Report on vaccination in Madras 1922-1929 - 1922-1929
Year: 1922
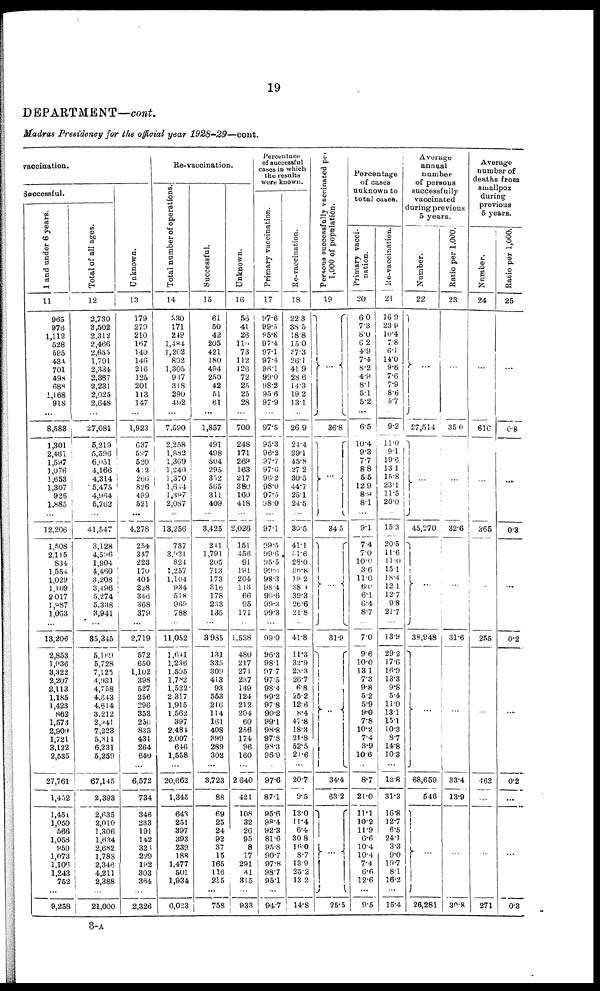
19
DEPARTMENT—cont.
Madras Presidency for the official year 1928-29—cont.
vaccination.
Successful.
1 and under 6 years.
11
965
976
1,112
528
595
434
701
498
688
1,168
918
...
8,583
1,301
2,461
1,597
1,076
1,653
1,307
926
1,885
...
12,206
1,508
2,115
834
1,554
1,029
1,109
2,017
1,987
1,053
...
13,206
2,853
1,936
3,322
2,207
2,113
1,185
1,423
862
1,573
2,909
1,721
3,122
2,535
27,761
1,432
1,451
1,050
566
1,058
959
1,073
1,106
1,243
752
...
9,258
Total of all ages.
12
2,730
3,502
2,312
2,466
2,655
1,791
2,334
2,387
2,231
2,025
2,648
...
27,081
5,219
6,596
6,051
4,166
4,314
5,475
4,964
5,762
...
41,547
3,128
4,596
1,904
4,460
3,208
3,496
5,274
5,338
3,941
...
35,345
5,169
5,728
7,125
4,931
4,758
4,643
4,614
3,212
2,941
7,223
5,311
6,231
5,259
67,145
2,393
2,635
2,010
1,306
1,634
2,682
1,788
2,346
4,211
2,388
...
21,000
Unknown.
13
179
279
210
167
140
146
216
125
201
113
147
...
1,923
637
587
520
412
266
826
499
521
...
4,278
254
347
223
170
404
228
346
368
379
...
2,719
572
650
1,102
398
527
256
296
353
250
833
431
264
640
6,572
734
346
233
191
142
326
229
192
303
364
...
2,326
Re-vaccination.
Total number of operations.
14
330
171
249
1,484
1,202
802
1,305
917
318
290
492
...
7,590
2,258
1,882
1,369
1,249
1,370
1,644
1,397
2,087
...
13,256
737
3,921
824
1,257
1,104
934
518
969
788
...
11,052
1,641
1,236
1,595
1,782
1,522
2,317
1,915
1,562
397
2,484
2,007
646
1,558
20,662
1,345
643
251
397
393
239
188
1,477
501
1,934
...
6,023
Successful.
15
61
50
42
205
421
180
494
250
42
51
61
...
1,857
491
498
504
295
352
565
311
409
...
3,425
241
1,791
205
713
173
316
178
233
135
...
3,985
131
335
309
413
93
553
216
114
161
408
399
289
302
3,723
88
69
25
24
92
37
15
165
116
215
...
758
Unknown.
16
56
41
26
110
73
112
126
72
25
25
28
...
700
248
171
269
163
217
380
160
418
...
2,026
151
456
91
191
204
113
66
95
171
...
1,538
480
217
271
237
149
124
212
204
60
256
174
96
160
2 640
421
108
32
26
95
8
17
291
41
315
...
933
Percentage
of successful
cases in which
the results
were known.
Primary vaccination.
17
97.6
99.5
95.8
97.4
97.1
97.4
96.1
99.0
98.2
95.6
97.9
...
97.5
95.3
96.2
97.7
97.6
96.2
98.0
97.5
98.0
...
97.1
99.5
99.6
95.5
99.6
98.3
98.4
99.6
99.3
99.3
...
99.0
96.3
98.1
97.7
97.5
98.4
99.2
97.8
90.2
99.1
98.8
97.8
98.3
96.9
97.6
87.1
95.6
98.4
92.3
81.6
95.8
90.7
97.8
98.7
95.1
...
94.7
Re-vaccination.
18
22.3
38.5
18.8
15.0
57.3
26.1
41.9
28.6
14.3
19.2
13.1
...
26.9
24.4
29.1
45.8
27.2
30.5
44.7
25.1
24.5
...
30.5
41.1
51.6
28.0
66.8
19.2
38.1
39.3
26.6
21.8
...
41.8
11.3
32.9
23.3
26.7
6.8
25.2
12.6
8.4
47.8
18.3
21.8
52.5
21.6
20.7
9.5
13.0
11.4
6.4
30.8
16.0
8.7
13.9
25.2
13.2
...
14.8
Persons successfully vaccinated per
1,000 of population.
19
...
36.8
... ...
34.5
...
31.9
...
34.4
63.2
...
...
25.5
Percentage
of cases
unknown to
total cases.
Primary vacci-
nation.
20
6.0
7.3
8.0
6.2
4.9
7.4
8.2
4.9
8.1
5.1
5.2
...
6.5
10.4
9.3
7.7
8.8
5.5
12.9
8.9
8.1
...
9.1
7.4
7.0
10.0
3.6
11.0
6.0
6.1
6.4
8.7
...
7.0
9.6
10.0
13.1
7.3
9.8
5.2
5.9
9.0
7.8
10.2
7.4
3.9
10.6
8.7
21.0
11.1
10.2
11.9
6.6
10.4
10.4
7.4
6.6
12.6
...
9.5
Re-vaccination.
21
16.9
23.9
10.4
7.8
6.1
14.0
9.6
7.6
7.9
8.6
5.7
...
9.2
11.0
9.1
19.6
13.1
15.8
23.1
11.5
20.0
...
15.3
20.5
11.6
11.0
15.1
18.4
12.1
12.7
9.8
21.7
...
13.9
29.2
17.6
16.9
13.3
9.8
5.4
11.0
13.1
15.1
10.3
8.7
14.8
10.3
12.8
31.3
16.8
12.7
6.5
24.1
3.3
9.0
19.7
8.1
16.2
...
15.4
Average
annual
number
of persons
successfully
vaccinated
during previous
5 years.
Number.
22
...
27,514
... ...
45,270
...
38,848
...
68,659
546
... ...
26,281
Ratio per 1,000.
23
...
35.0
...
...
32.6
...
31.6
...
33.4
13.9
...
...
30.8
Average
number of
deaths from
smallpox
during
previous
5 years.
Number.
24
...
616
...
...
365
...
255
...
463
...
...
...
271
Ratio per 1,000.
25
...
0.8
...
...
0.3
...
0.2
...
0.2
...
...
...
0.3
3-A